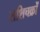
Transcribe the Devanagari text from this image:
राशिचक्रों